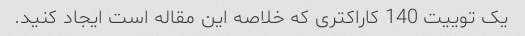
یک توییت 140 کاراکتری که خلاصه این مقاله است ایجاد کنید.